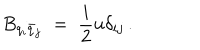
B _ { q _ { i } \bar { q } _ { j } } \; = \; \frac { i } { 2 } u \delta _ { i j } \, .